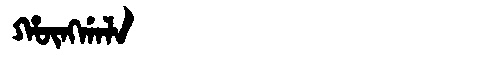
Manchu: ᡥᡡᠩᡤᠠᠯᠠ
Romanization: HŪNGGALA